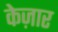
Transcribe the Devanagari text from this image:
केज़ार